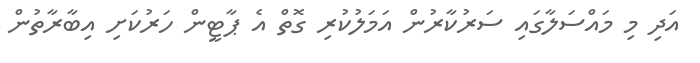
އަދި މި މައްސަލާގައި ސަރުކާރުން އަމަލުކުރި ގޮތް އެ ޕާޓީން ހަރުކަށި އިބާރާތުން